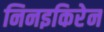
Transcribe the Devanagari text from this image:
निनइकिरेन